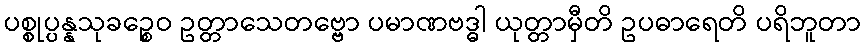
ပစ္စုပ္ပန္နသုခဉ္စေဝ ဥတ္တာသေတဗ္ဗော ပမာဏဗဒ္ဓါ ယုတ္တာမှီတိ ဥပဓာရေတိ ပရိဘူတာ